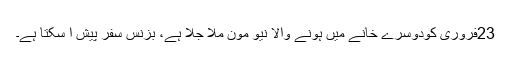
23فروری کودوسرے خانے میں ہونے والا نیو مون ملا جلا ہے، بزنس سفر پیش آ سکتا ہے۔